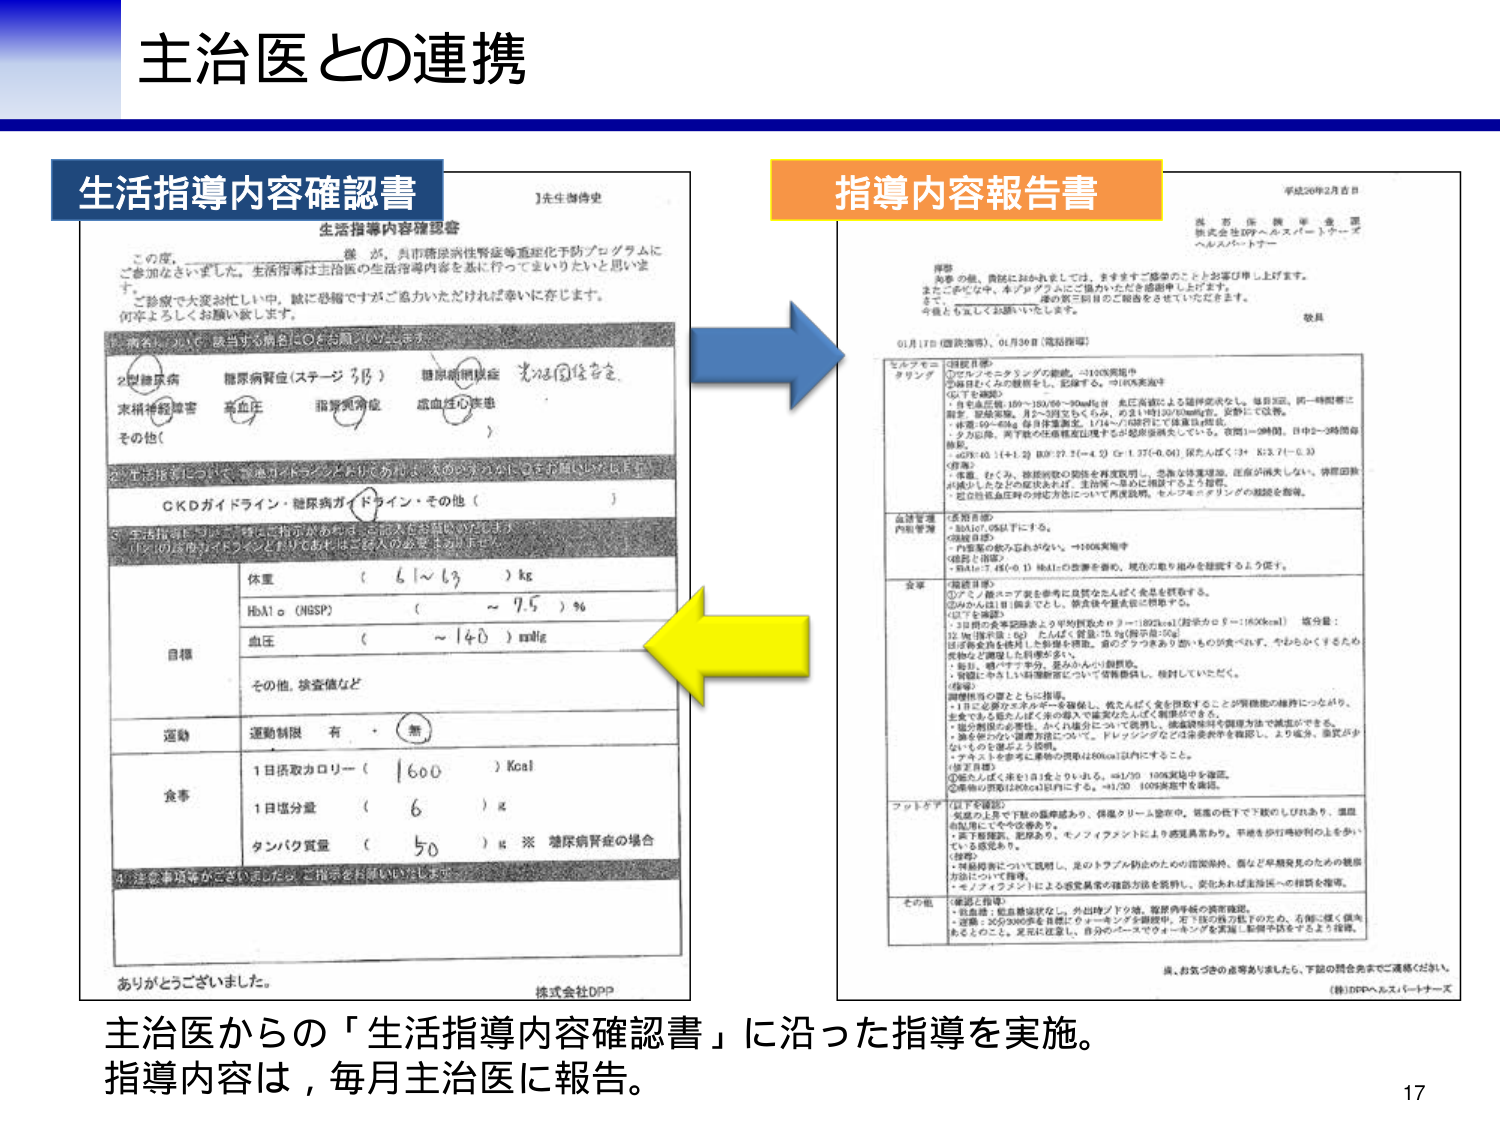
主治医との連携

生活指導内容確認書

生活指導内容確認書

この度、＿＿＿＿＿＿＿＿様 が、呉市糖尿病性腎症等重症化予防プログラムに
ご参加なさいました。生活指導は主治医の生活指導内容を基に行ってまいりたいと思いま
す。
ご診察で大変お忙しい中、誠に恐縮ですがご協力いただければ幸いに存じます。
何卒よろしくお願い致します。

・病名について、該当する病名に○をお願いいたします。

2型糖尿病 糖尿病腎症（ステージ 3/5） 糖尿病網膜症 その他（ ）
末梢神経障害 高血圧 脂質異常症 虚血性心疾患

②生活指導について、該当項目にチェックをお願いいたします。

CKDガイドライン・糖尿病ガイドライン・その他（ ）

③生活指導について、以下に指示があれば、ご記入をお願いいたします。
（①②の該当項目がチェックされていれば、③は記入の必要はありません）

目標
体重 （ 6 ～ 63 ）kg
HbA1c（HSSP） （ ～ 7.5 ）%
血圧 （ ～ 140 ）mmHg
その他、検査値など

運動
運動制限 有 ・ （ 無 ）

食事
1日摂取カロリー （ 1600 ）Kcal
1日塩分量 （ 6 ）g
タンパク質量 （ 50 ）g ※ 糖尿病腎症の場合

④注意事項等がございましたら、ご指示をお願いいたします。

ありがとうございました。

株式会社DPP

指導内容報告書

平成26年2月吉日

株式会社DPPヘルスパートナーズ
ヘルスパートナー

拝啓

お尋ね、貴院におかれましては、ますますご盛栄のこととお慶び申し上げます。
またこのたびは、本プログラムにご協力いただき感謝申し上げます。
さて、
一連の第三回目のご指導をさせていただきます。
今後とも宜しくお願いいたします。

敬具

01月17日（臨床指導）、01月30日（電話指導）

セルフモニタリング
①グルコスモニタリングの勧奨。→100%実施中
②毎日ヒトから観察をし、記録する。→100%実施中
（以下を確認）
・昼食前血糖：109～120/80～90mmHg 未だ高値による随時要求なし。毎日3回、同一時間帯に
測定。早朝空腹、月2～3回をもくろみ、めまい時130/80mmHg。安静にて改善。
・体重：69～68kg 毎日体重測定。1/14～/16前日にて体重は増加。
・うつ症状、両下肢の体重測定は増すが足部浮腫はしている。夜間1～3時間、日中2～3時間自
動車。
・eGFR 40.1(+1.2) BUN 27.7(-4.5) Cr 1.37(-0.04) 尿たんぱく：3+ K/3.7(-0.3)
（対策）
・体重、むくみ、排尿回数の関係を再度説明し、急激な体重増加、尿量が消失しない、排尿回数
が減少したなどの症状があれば、主治医へ早めに相談するよう指導。
・自己検査血圧時の測定方法について再度説明。セルフモニタリングの継続を勧奨。

血圧管理
（達成目標）
・HbA1c7.0%以下にする。
（現状目標）
・内服薬の飲み忘れがない。→100%実施中
（対策・指導）
・HbA1c 7.4%(-0.1) HbA1cの改善を勧め、現在の取り組みを継続するよう促す。

食事
（達成目標）
①スノーマスを参考に良質なたんぱくを含む食事をする。
②みかんは1日1個までとし、果物は量を減らす。
（以下を確認）
・1日摂取食事記録および平均摂取カロリー：1892kcal（指示カロリー：1600kcal） 塩分量：
12.9g（指示量：6g） たんぱく質量：75.5g（指示量：50g）
※食事記録を毎月1回郵送で報告。直の3ヶ月あまり前からの変化が見られず、やわらかくするため
柔軟なご指導した内容が少ない。
・毎日、朝・夕食で半分、昼みかん小1個摂取。
・食後にやさしいお酒飲酒について情報提供し、検討していただく。

（対策・指導）
・1日1回必要なエネルギーを確保し、乾たんぱくを摂取することが腎機能の維持につながり、
全食でも良質たんぱくを少しずつ増やしたんぱく制限ができる。
・塩分制限の必要性、かくにん食事について説明し、塩分調整等を簡単な方法で補足ができる。
・糖を伴うが、健康状態について、ドリンクシグネイツの栄養素を確認し、より低カ、高質が少
ないものを選ぶよう説明。
・ナスとトマトを参考に果物の摂取は200kcal以内にすること。

（以下を確認）
①乾たんぱく米を1日1食とりま。→1/30 100%実施中を確認。
②果物の摂取は200kcal以内にする。→1/30 100%実施中を確認。

フットケア
（以下を確認）
・足部の上皮や下肢の亀裂があり、保湿クリーム塗布中。低温の低下で下肢のしびれあり、塩田
の処置にてやや改善あり。
・末了検診、肥厚あり。モノフィアメントにより感覚異常あり。平地を歩行時砂利の上を歩い
ている感覚あり。
（対策）
・再検診時にについて説明し、足のトラブル防止のための清潔保持、履きどり早期発見のための観察
方法について指導。
・モノフィアメントによる感覚異常の確認方法を説明し、安定あれば生活法への移行を指導。

その他
（確認と指導）
・抗高血圧薬点眼症状なし。外出時ゴアラグ、糖尿病手帳の携帯確認。
・運動：30分3000歩を目標にウォーキングを継続中。足下肢の筋力低下のため、右側に傾く傾向
あるとのこと。足元の注意し、自分のペースでウォーキングを実施し影響を防ぐよう指導。

※お気づきの点等ありましたら、下記の問合先までご連絡ください。
（株）DPPヘルスパートナーズ

主治医からの「生活指導内容確認書」に沿った指導を実施。
指導内容は、毎月主治医に報告。

17